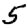
Digit: 5